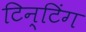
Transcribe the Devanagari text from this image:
टिन्टिंग